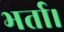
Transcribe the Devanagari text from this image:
भर्ता।